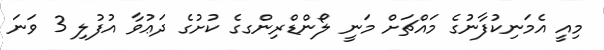
މިއީ އެމަނިކުފާނުގެ މައްޗަށް މަނީ ލޯންޑްރިންގގެ ކުށުގެ ދަޢުވާ އުފުލި 3 ވަނަ